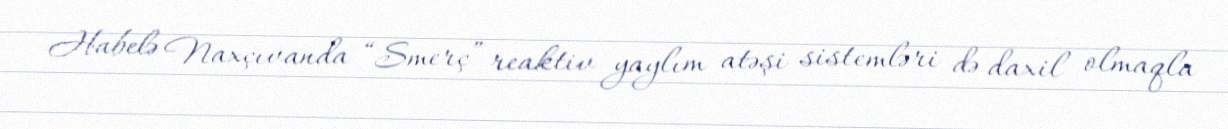
Habelə Naxçıvanda “Smerç” reaktiv yaylım atəşi sistemləri də daxil olmaqla